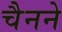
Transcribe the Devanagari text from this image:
चैनने